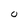
Character: 0